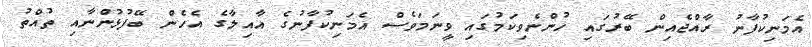
އެމަނިކުފާނު ރާއްޖެއިން ބޭރުގައި ހުންނެވިކަމުގައި ވީނަމަވެސް އެމަނިކުފާނުގެ އާއިލާގެ އެހެން ބޭފުޅުންނާއި ތުއްތު